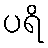
ပရိ